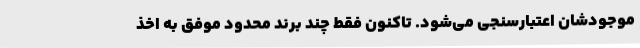
موجودشان اعتبارسنجی می‌شود. تاکنون فقط چند برند محدود موفق به اخذ